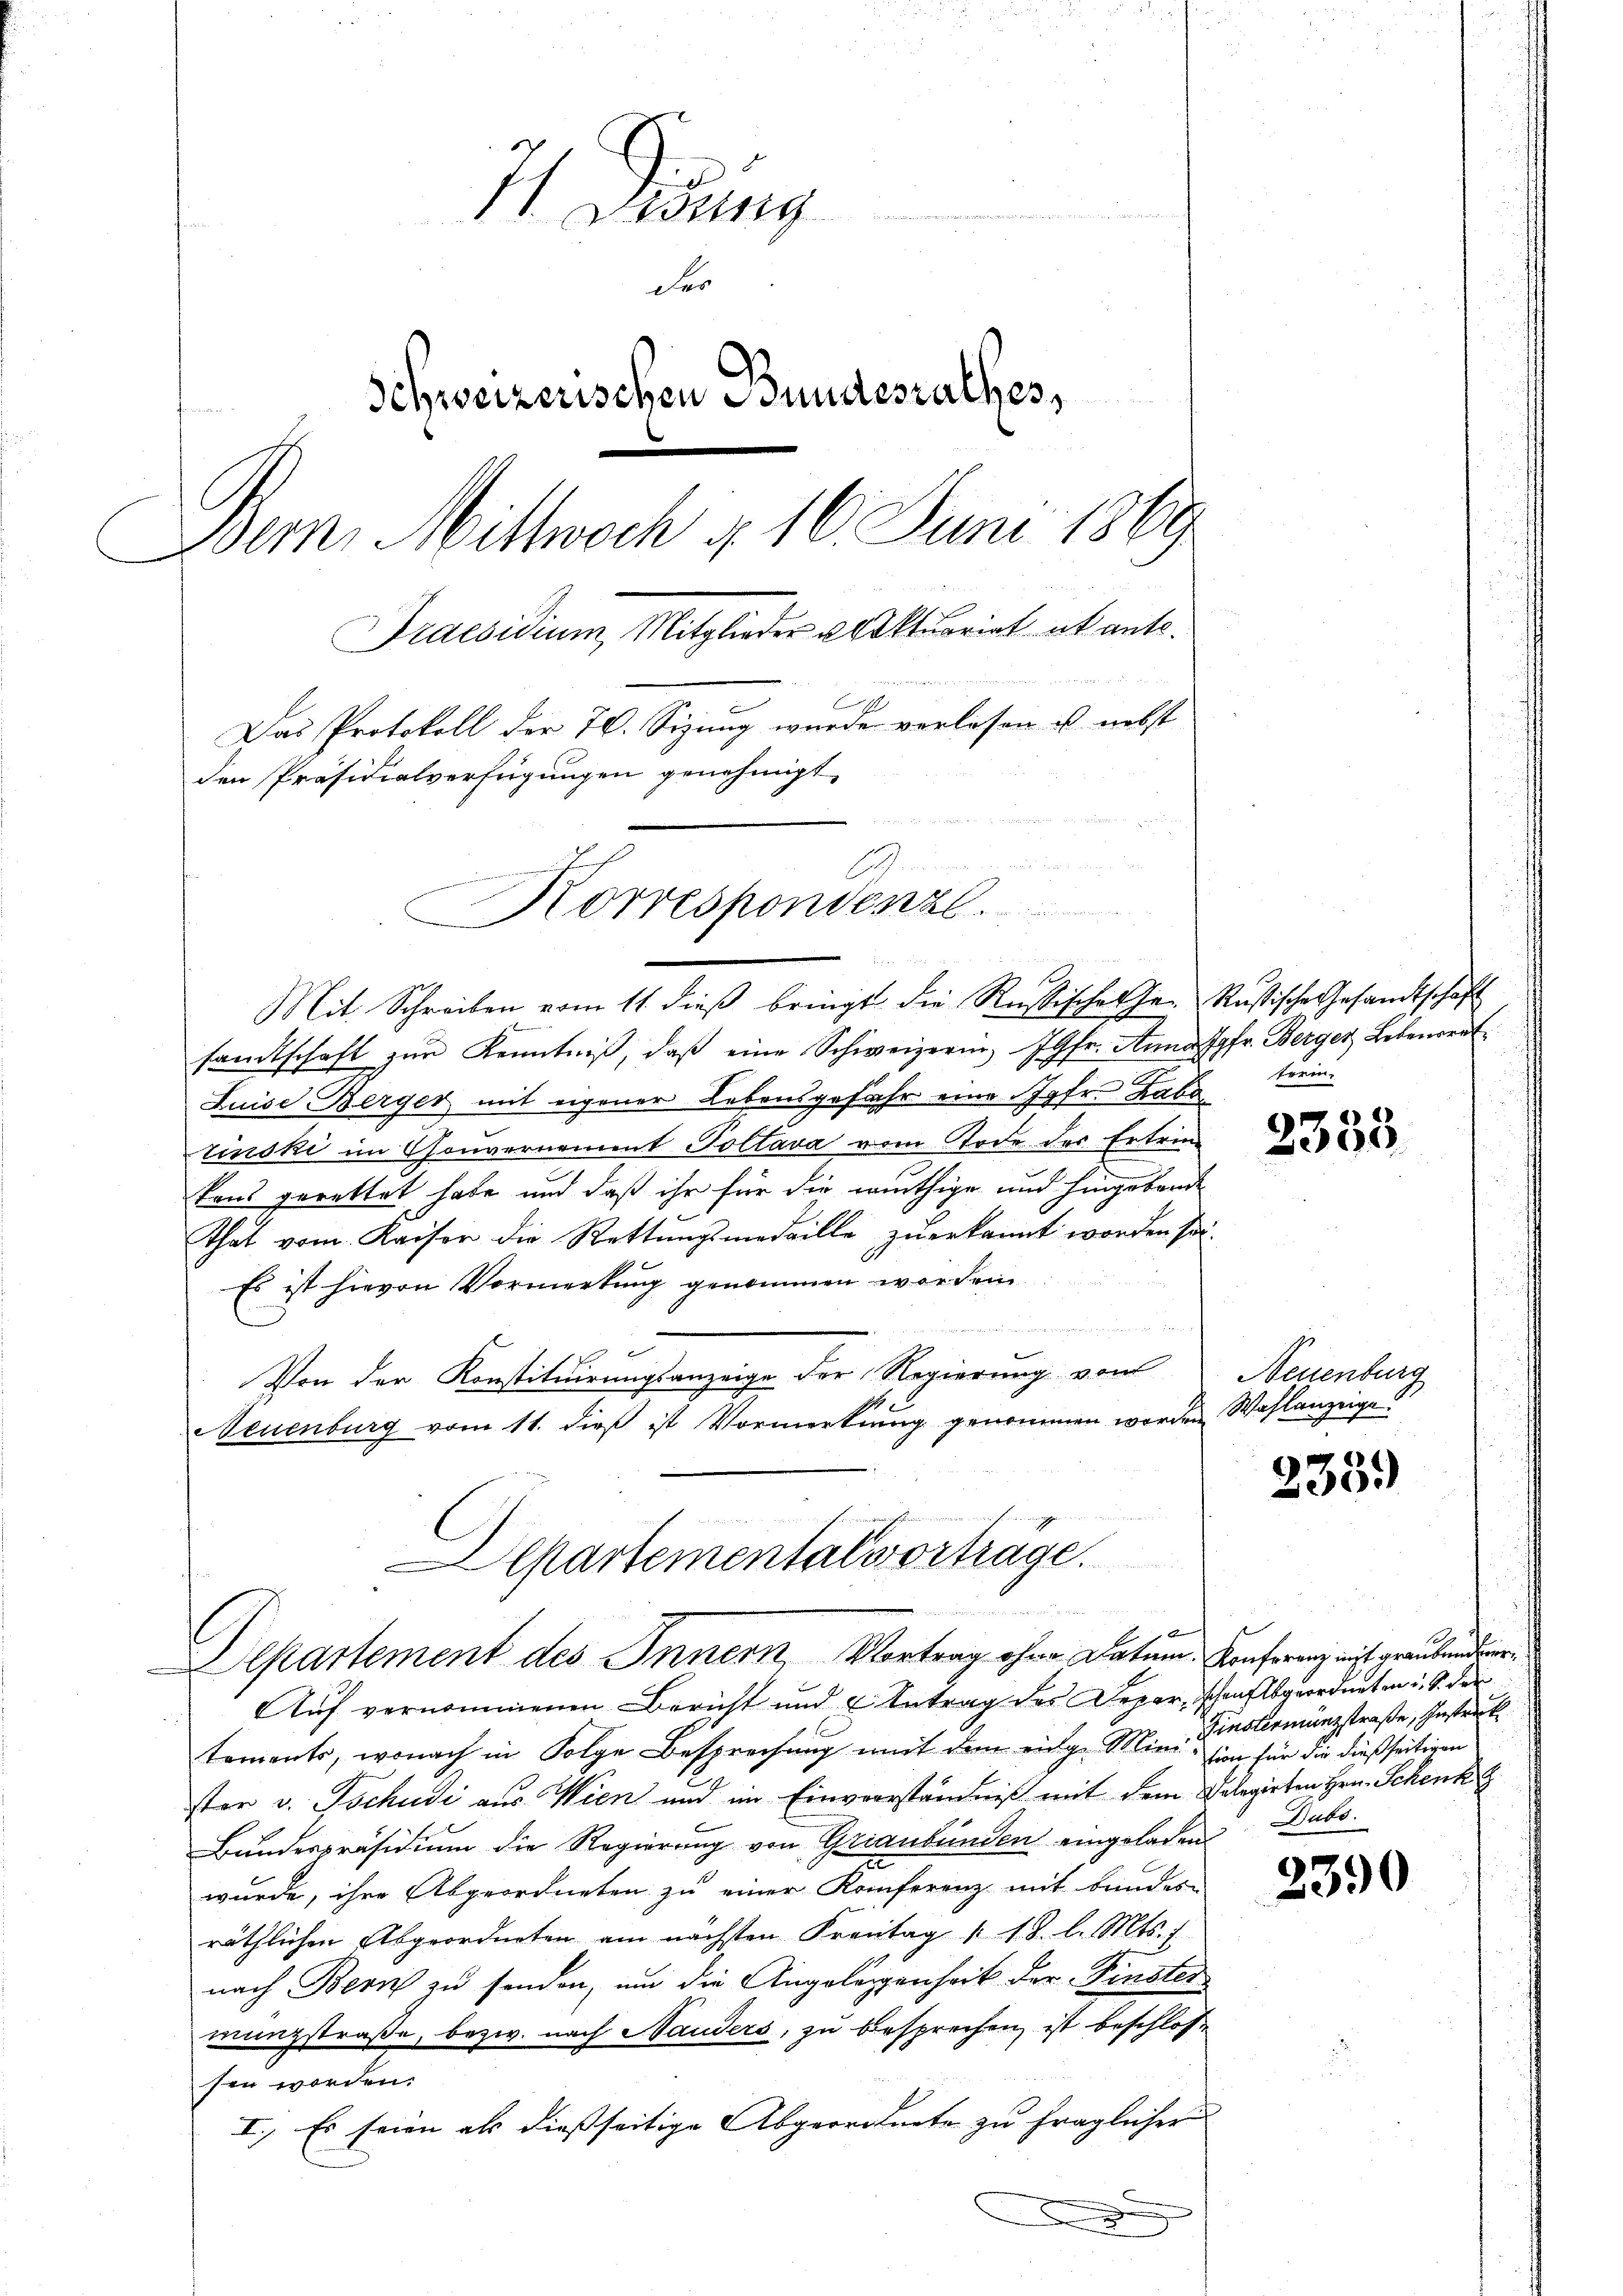
11. Zung
der
Schweizerischen Bundesrathes,
Bern Mittwoch d. 16. Juni 1869
Praesidium, Mitglieder Aktuariat kanto¬
Das Protokoll der 70. Sizung wurde verlesen ist nebst
den Präsidialverfügungen genehmigt,
E

Korrespondenzl.

Mit Schreiben vom 11. dieß bringt die Russisches har Rustische Gesandtschaft
samtschaft zŭr Kenntniβ, daβ eine Schweizerin, Jgfr. Anna Jgfr. Berger Lebenerat
Luise Berger mit eigener Lebensgefahr eine Jahr. Labo
rinski im Gouvernement Poltava vom Tode der Ertrin
tons gerettet habe und daß ihr für die wüthige und hingebende
That vom Kaiser die Rettungsmedaille zuerkannt worden sei.
Es ist hievon Vormerkung genommen worden.
.
Von der Konstituirungsanzeige der Regierung von
Neuenburg vom 11. dieß ist Vormerkung genommen worden Wahlanzeige
Departemental vorträge.

d

b
Separtement des Innern, Vortrag ohne Datum. Konferenz mit graubends er¬

Auf vernommenen Bericht und u Antrag des Depar, schaftsgeordneten u. S. der
toments, wonach in Folge Besprechung mit dem einge Minision für die dießseitigen
ster v. Tschudi aus Wien und im Einverständniß mit dem Volegirten Hrn. Schenk G
Bundespräsidium die Regierung von Graubünden eingeladen
wurde, ihre Abgeordneten zu einer Konferenz mit bundes-
räthlichen Abgeordneten am nächsten Frontag 1 18. l. Mts.
nach Bern zu senden, um die Angelegenheit der Finster
manzstraße, bezw. nach Handers, zu besprechen, ist beschloss
sen worden.
I.) Es seien als dießseitige Abgeordnete zu fraglicher
.

frem¬

2335

Neuenburg

235.)

Finsterminzstraße, Instruk
Subt.

2390